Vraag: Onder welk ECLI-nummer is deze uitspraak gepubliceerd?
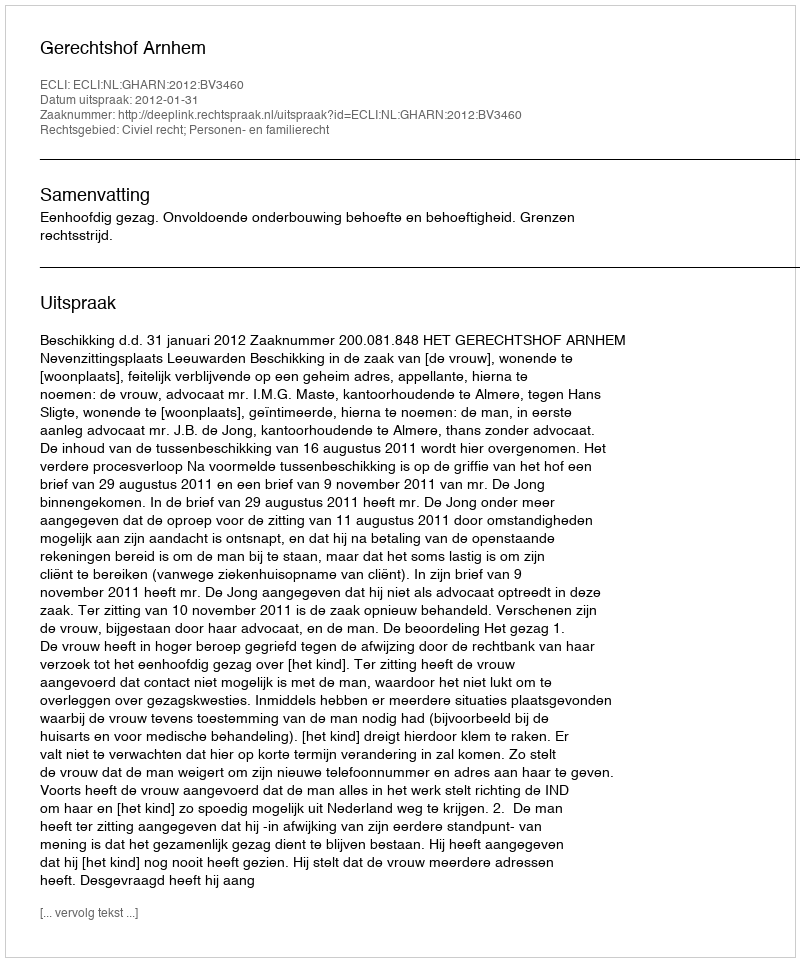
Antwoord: ECLI:NL:GHARN:2012:BV3460